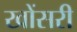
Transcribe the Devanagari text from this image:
खोंसरी